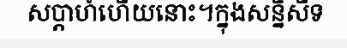
សប្តាហ៍ហើយនោះ។ក្នុងសន្និសីទ